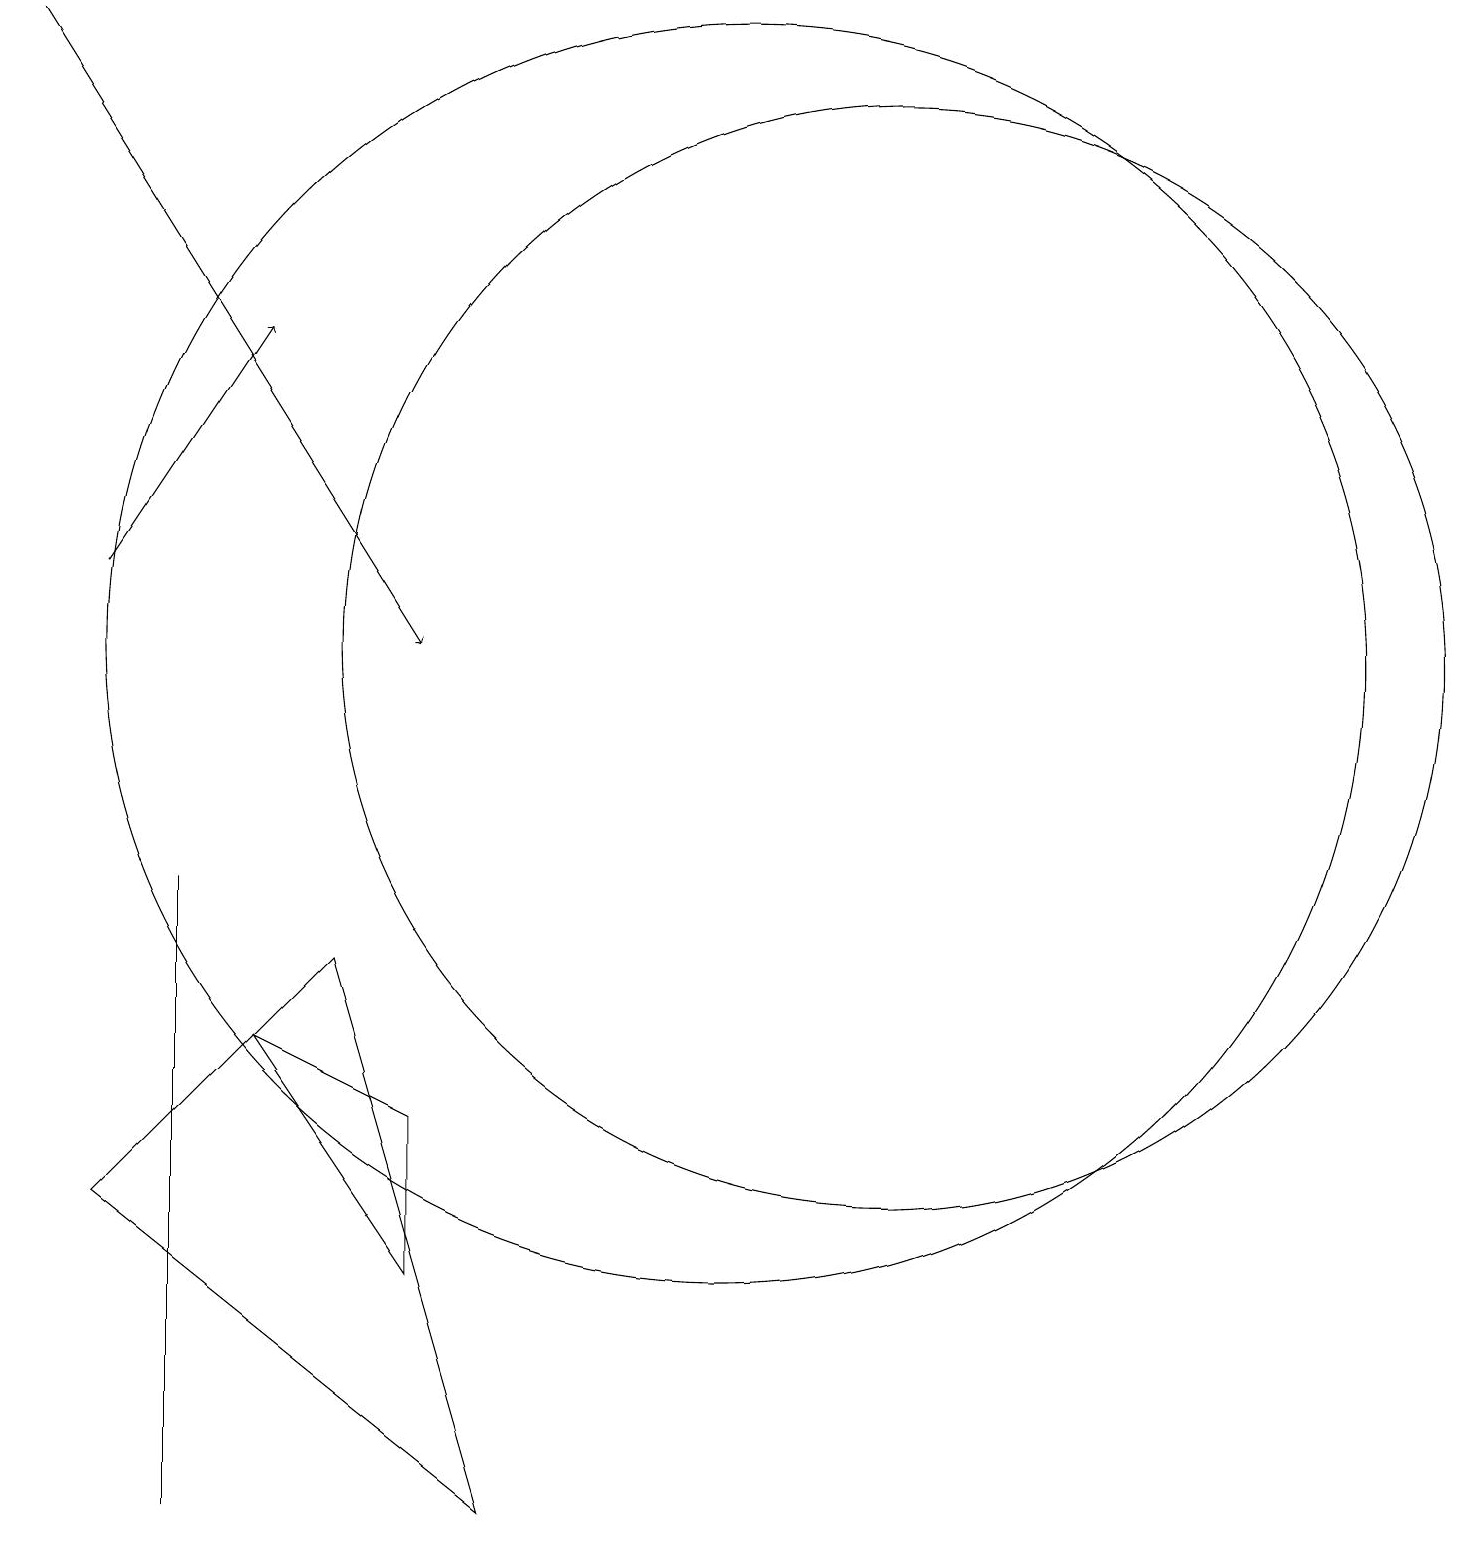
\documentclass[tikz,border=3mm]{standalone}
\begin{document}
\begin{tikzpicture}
\draw[->] (2,12) -- (4,15);
\draw (3,8) -- (3,1) -- (3,0) -- cycle;
\draw (12,11) circle (7);
\draw (6,5) -- (6,3) -- (4,6) -- cycle;
\draw (10,11) circle (8);
\draw[->] (1,19) -- (6,11);
\draw (5,7) -- (7,0) -- (2,4) -- cycle;
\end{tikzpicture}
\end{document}